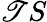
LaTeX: \mathscr{T}S